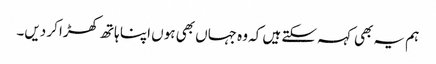
ہم یہ بھی کہہ سکتے ہیں کہ وہ جہاں بھی ہوں اپنا ہاتھ کھڑا کر دیں۔